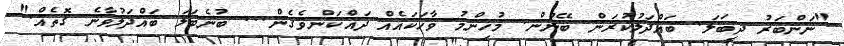
"ނަންބަރު ދީބަލަ. ބައްދަލުކުރަން ބޭނުން. މުހިންމު ވާހަކައެއް ދައްކަންވެގެން... ބުނެބަލަ ބައްދަލުވާނެ ގޮތެއް."